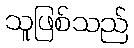
သူဖြစ်သည်